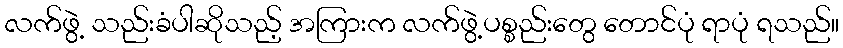
လက်ဖွဲ့ သည်းခံပါဆိုသည့် အကြားက လက်ဖွဲ့ပစ္စည်းတွေ တောင်ပုံ ရာပုံ ရသည်။